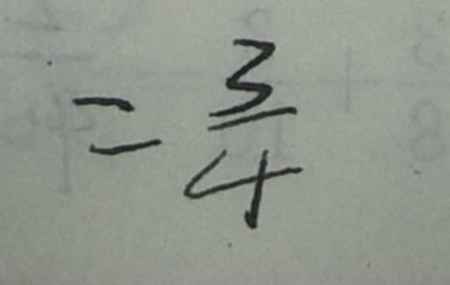
= \frac { 3 } { 4 }